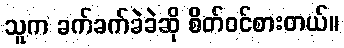
သူက ခက်ခက်ခဲခဲဆို စိတ်ဝင်စားတယ်။